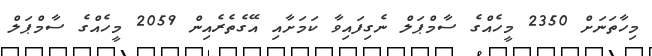
މިހާތަނަށް 2350 މީހެއްގެ ސާމްޕަލް ނެގިފައިވާ ކަމަށާއި އޭގެތެރެއިން 2059 މީހެއްގެ ސާމްޕަލް